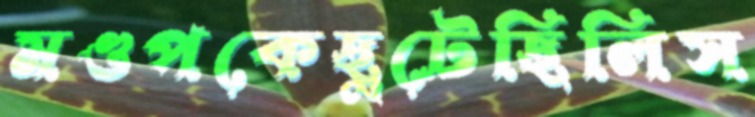
মণ্ডপকেছুটেছিলিস